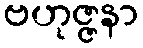
ဗဟုဇ္ဇနာ